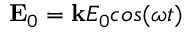
{ \bf E } _ { 0 } = { \bf k } E _ { 0 } c o s ( \omega t )